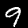
Digit: 9